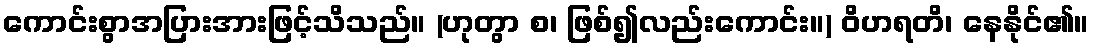
ကောင်းစွာအပြားအားဖြင့်သိသည်။ (ဟုတွာ စ၊ ဖြစ်၍လည်းကောင်း။) ဝိဟရတိ၊ နေနိုင်၏။